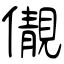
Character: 儬